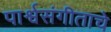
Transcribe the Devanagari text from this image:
पार्श्वसंगीताचे